Report of the Municipal Commissioner on the plague in Bombay for the year ending 31st May... - Volume 3
Disease focus: Plague
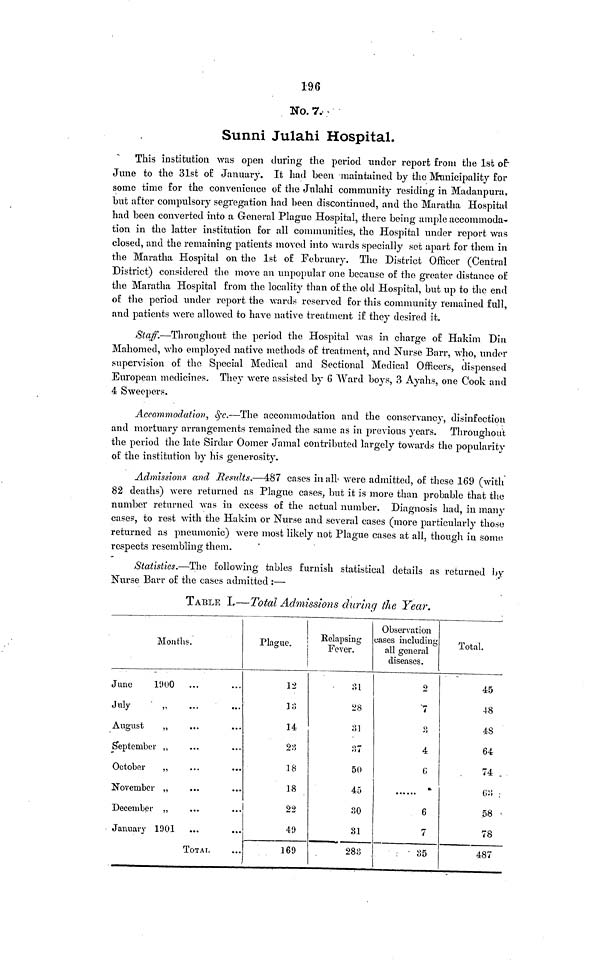
196
No. 7
Sunni Julahi Hospital.
This institution was open during the period under report from the 1st of
June to the 31st of January. It had been maintained by the Municipality for
some time for the convenience of the Julahi community residing in Madanpura,
but after compulsory segregation had been discontinued, and the Maratha Hospital
had been converted into a General Plague Hospital, there being ample accommoda-
tion in the latter institution for all communities, the Hospital under report was
closed, and the remaining patients moved into wards specially set apart for them in
the Maratha Hospital on the 1st of February. The District Officer (Central
District) considered the move an unpopular one because of the greater distance of
the Maratha Hospital from the locality than of the old Hospital, but up to the end
of the period under report the wards reserved for this community remained full,
and patients were allowed to have native treatment if they desired it.
Staff.—Throughout the period the Hospital was in charge of Hakim Din
Mahomed, who employed native methods of treatment, and Nurse Barr, who, under
supervision of the Special Medical and Sectional Medical Officers, dispensed
European medicines. They were assisted by 6 Ward boys, 3 Ayahs, one Cook and
4 Sweepers.
Accommodation, &c.—The accommodation and the conservancy, disinfection
and mortuary arrangements remained the same as in previous years. Throughout
the period the late Sirdar Oomer Jamal contributed largely towards the popularity
of the institution by his generosity.
Admissions and Results.—487 cases in all were admitted, of these 169 (with
82 deaths) were returned as Plague cases, but it is more than probable that the
number returned was in excess of the actual number. Diagnosis had, in many
cases, to rest with the Hakim or Nurse and several cases (more particularly those
returned as pneumonic) were most likely not Plague cases at all, though in some
respects resembling them.
Statistics.—The following tables furnish statistical details as returned by
Nurse Barr of the cases admitted :—
TABLE L—Total Admissions during the Year.
Months.
June
1900
...
July
„
August
„
September „
October
„
November ,,
December „
January 1901 ...
TOTAL
Plague
12
13
14
23
18
18
22
49
169
Kelapsing
Fever.
31
28
31
37
50
45
30
31
283
Observation
uases including
all general
diseases.
2
7
3
4
G
6
7
35
Total.
45
48
48
64
74
63
58
78
487